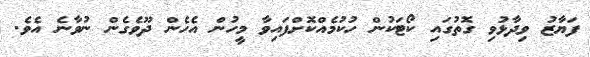
ފަޔާޒު ވިދާޅުވި ގޮތުގައި ކޯޓަކުން ހުކުމެއްކޮށްފައިވާ މީހުން އެހެން ދޫވެގެން ނުވާނެ އެވެ.